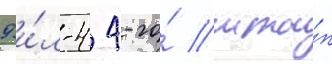
9 и́л-4 4-го́ мта́п